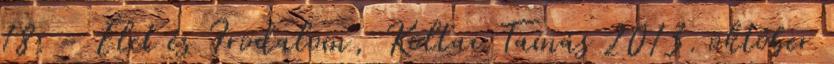
18. - Élet és Irodalom, Koltai Tamás 2013. október